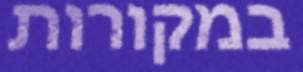
במקורות